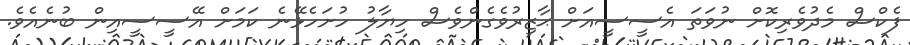
ފެކްސް މެދުވެރިކޮށް ނުވަތަ އެސީސީއަށް ޙާޒިރުވެގެންވެސް ހިޔާލު ހުށަހެޅޭނެ ކަމަށް އޭސީސީއިން ބުނެއެވެ.